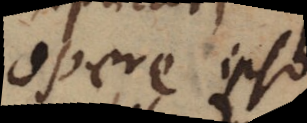
opere ipso